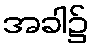
အခါ၌